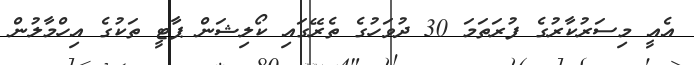
އެއީ މިސަރުކާރުގެ ފުރަތަމަ 30 ދުވަހުގެ ތެރޭގައި ކޯލިޝަން ޕާޓީ ތަކުގެ އިހްމާލުން